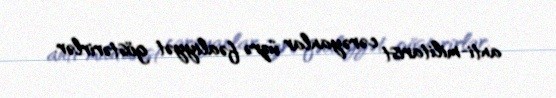
anti-militarist cərəyanlar üzrə fəaliyyət göstərirlər.